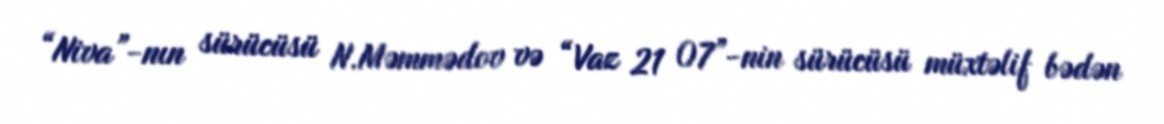
“Niva”-nın sürücüsü N.Məmmədov və “Vaz 21 07”-nin sürücüsü müxtəlif bədən